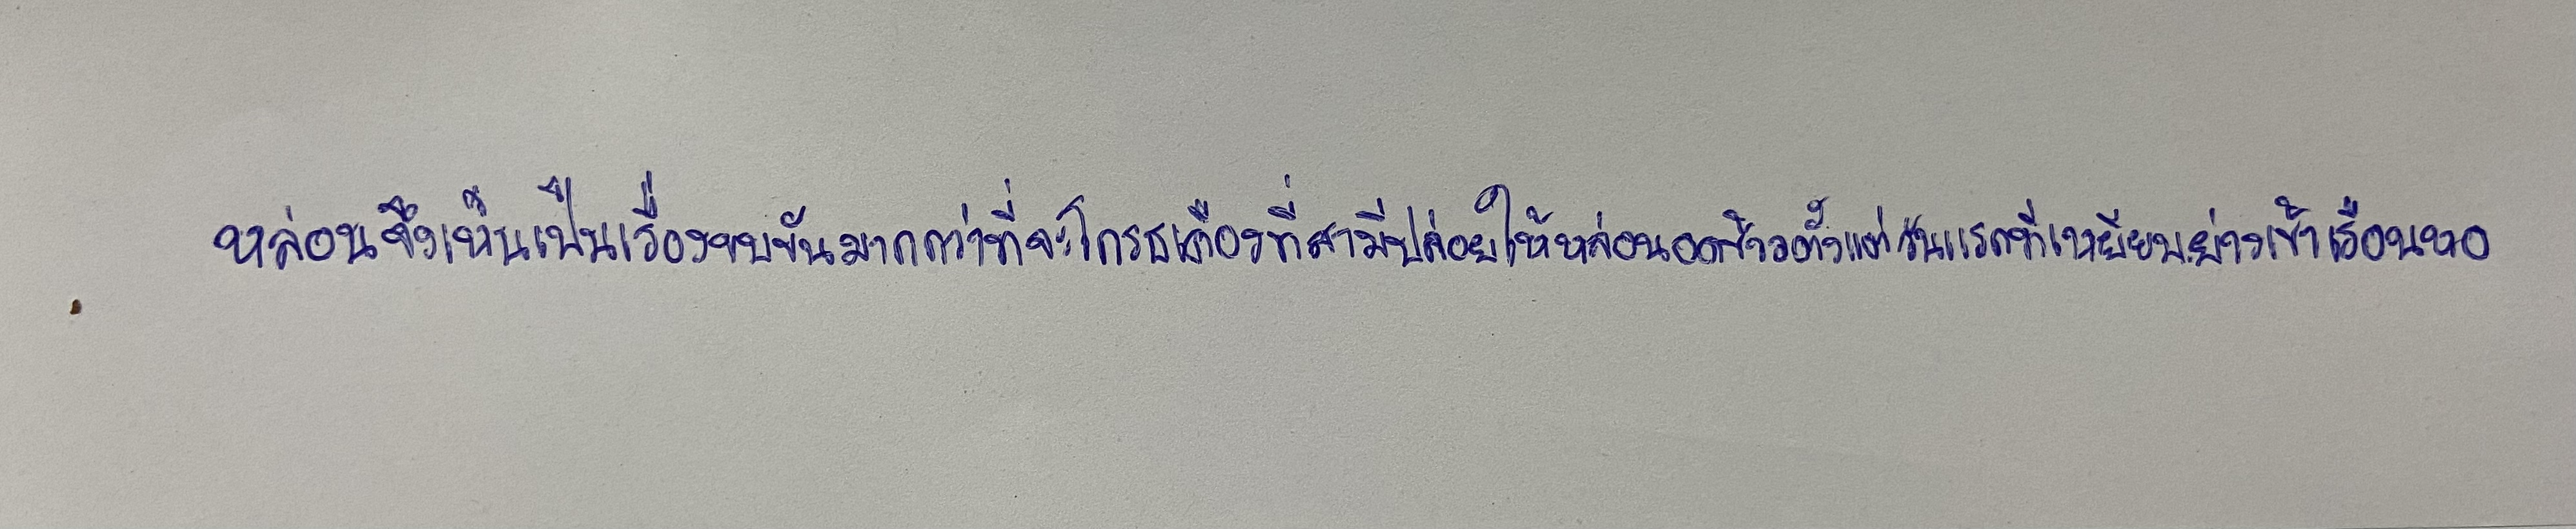
หล่อนจึงเห็นเป็นเรื่องขบขันมากกว่าจะโกรธเคืองที่สามีปล่อยให้หล่อนอดข้าวตั้งแต่วันแรกที่เหยียบย่างเข้าเรือนหอ